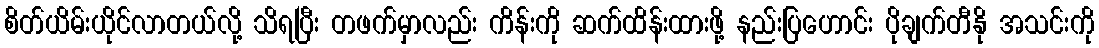
စိတ်ယိမ်းယိုင်လာတယ်လို့ သိရပြီး တဖက်မှာလည်း ကိန်းကို ဆက်ထိန်းထားဖို့ နည်းပြဟောင်း ပိုချက်တီနို အသင်းကို